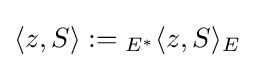
\langle z,S\rangle :={}_{E^{*}}\langle z,S\rangle _{E}